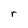
Character: r